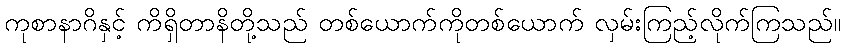
ကုစာနာဂိနှင့် ကိရှိတာနိတို့သည် တစ်ယောက်ကိုတစ်ယောက် လှမ်းကြည့်လိုက်ကြသည်။